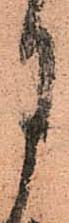
月